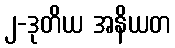
၂-ဒုတိယ အနိယတ